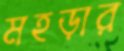
মহড়ার